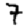
Digit: 7